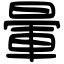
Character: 暈